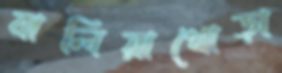
বালিয়াখোড়া